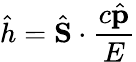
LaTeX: {\hat{h}}={\hat{\mathbf{S}}}\cdot{\frac{c{\hat{\mathbf{p}}}}{E}}